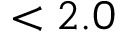
< 2 . 0